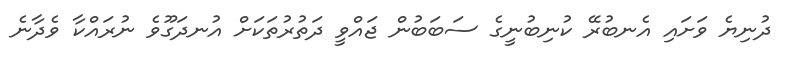
ދުނިޔެ ވަށައި އެނބުރޭ ކުނިބުނީގެ ސަބަބުން ޖައްވީ ދަތުރުތަކަށް އުނދަގޫވެ ނުރައްކާ ވެދާނެ